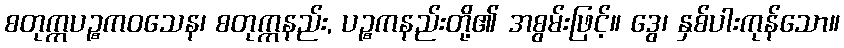
စတုက္ကပဉ္စကဝသေန၊ စတုက္ကနည်း, ပဉ္စကနည်းတို့၏ အစွမ်းဖြင့်။ ဒွေ၊ နှစ်ပါးကုန်သော။